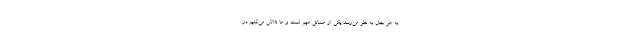
به هر حال به نظر می‌رسد یکی از مسائل مهم است و ما تلاش می‌کنیم در